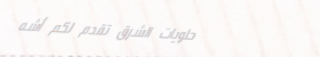
حلويات الشرق تقدم لكم أشه